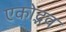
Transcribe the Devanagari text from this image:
एकोद्भव